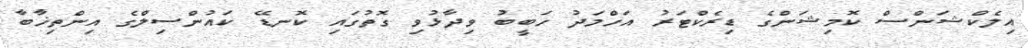
އިލެކްޝަންސް ކޮމިޝަންގެ ޑިރެކްޓަރު އަހްމަދު ހަބީބު ވިދާޅުވި ގޮތުގައި ކޮނޑޭ ކައުންސިލްގެ އިންތިޚާބާ